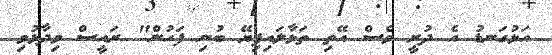
އަޅުގަނޑު އެ ދުށީ ވެސް އޭތި ތަޅާލައިފިޔޭ ބުނި ފަހުން" ރައީސް ވިދާޅުވި